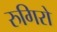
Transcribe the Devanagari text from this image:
रुगिरो